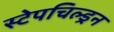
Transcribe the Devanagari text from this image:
स्टेपचिल्ड्रन